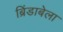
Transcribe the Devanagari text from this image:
ब्रिंडाबेला